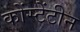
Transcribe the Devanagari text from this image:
कोंस्टेंटीन